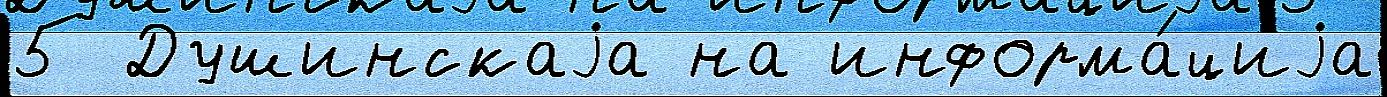
5 Душинскаjа на информа́циjа